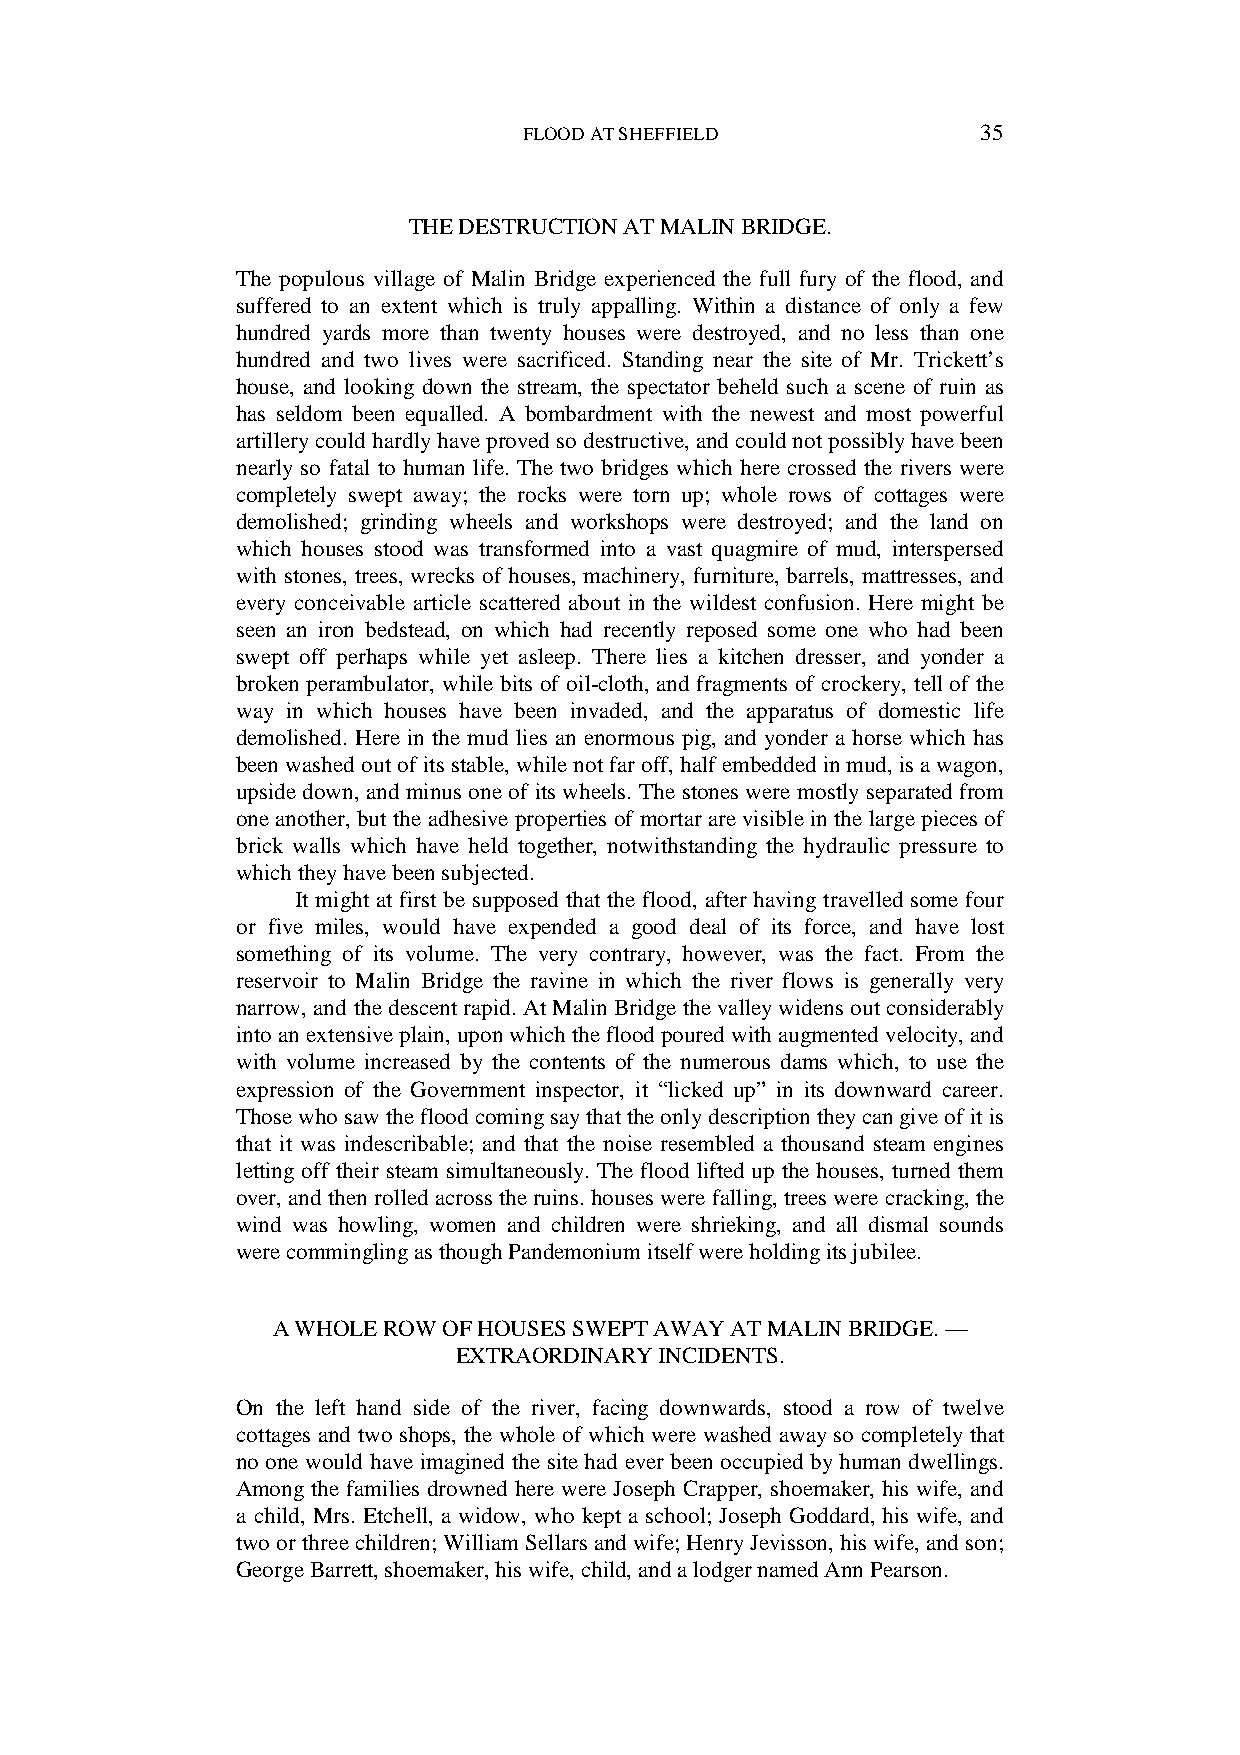
FLOOD AT SHEFFIELD            35
 THE DESTRUCTION AT MALIN BRIDGE.
 The populous village of Malin Bridge experienced the full fury of the flood, and
 suffered to an extent which is truly appalling. Within a distance of only a few
 hundred yards more than twenty houses were destroyed, and no less than one
 hundred and two lives were sacrificed. Standing near the site of Mr. Trickett’s
 house, and looking down the stream, the spectator beheld such a scene of ruin as
 has seldom been equalled. A bombardment with the newest and most powerful
 artillery could hardly have proved so destructive, and could not possibly have been
 nearly so fatal to human life. The two bridges which here crossed the rivers were
 completely swept away; the rocks were torn up; whole rows of cottages were
 demolished; grinding wheels and workshops were destroyed; and the land on
 which houses stood was transformed into a vast quagmire of mud, interspersed
 with stones, trees, wrecks of houses, machinery, furniture, barrels, mattresses, and
 every conceivable article scattered about in the wildest confusion. Here might be
 seen an iron bedstead, on which had recently reposed some one who had been
 swept off perhaps while yet asleep. There lies a kitchen dresser, and yonder a
 broken perambulator, while bits of oil-cloth, and fragments of crockery, tell of the
 way in which houses have been invaded, and the apparatus of domestic life
 demolished. Here in the mud lies an enormous pig, and yonder a horse which has
 been washed out of its stable, while not far off, half embedded in mud, is a wagon,
 upside down, and minus one of its wheels. The stones were mostly separated from
 one another, but the adhesive properties of mortar are visible in the large pieces of
 brick walls which have held together, notwithstanding the hydraulic pressure to
 which they have been subjected.
 It might at first be supposed that the flood, after having travelled some four
 or five miles, would have expended a good deal of its force, and have lost
 something of its volume. The very contrary, however, was the fact. From the
 reservoir to Malin Bridge the ravine in which the river flows is generally very
 narrow, and the descent rapid. At Malin Bridge the valley widens out considerably
 into an extensive plain, upon which the flood poured with augmented velocity, and
 with volume increased by the contents of the numerous dams which, to use the
 expression of the Government inspector, it “licked up” in its downward career.
 Those who saw the flood coming say that the only description they can give of it is
 that it was indescribable; and that the noise resembled a thousand steam engines
 letting off their steam simultaneously. The flood lifted up the houses, turned them
 over, and then rolled across the ruins. houses were falling, trees were cracking, the
 wind was howling, women and children were shrieking, and all dismal sounds
 were commingling as though Pandemonium itself were holding its jubilee.
 A WHOLE ROW OF HOUSES SWEPT AWAY AT MALIN BRIDGE. —
 EXTRAORDINARY INCIDENTS.
 On the left hand side of the river, facing downwards, stood a row of twelve
 cottages and two shops, the whole of which were washed away so completely that
 no one would have imagined the site had ever been occupied by human dwellings.
 Among the families drowned here were Joseph Crapper, shoemaker, his wife, and
 a child, Mrs. Etchell, a widow, who kept a school; Joseph Goddard, his wife, and
 two or three children; William Sellars and wife; Henry Jevisson, his wife, and son;
 George Barrett, shoemaker, his wife, child, and a lodger named Ann Pearson.